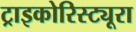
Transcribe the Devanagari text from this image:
ट्राइकोरिस्ट्यूरा